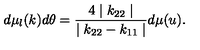
d \mu _ { l } ( k ) d \theta = \frac { 4 \mid k _ { 2 2 } \mid } { \mid k _ { 2 2 } - k _ { 1 1 } \mid } d \mu ( u ) .